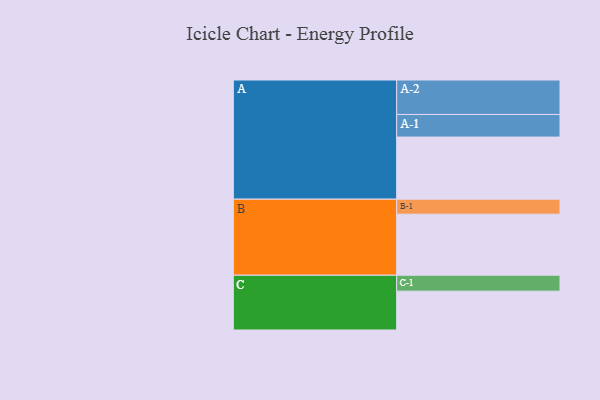
{"axis": {"x": "Segment", "y": "Value"}, "legend": ["", "A", "B", "C"], "data": [{"x": "A", "y": 481, "type": ""}, {"x": "B", "y": 473, "type": ""}, {"x": "C", "y": 301, "type": ""}, {"x": "A-1", "y": 175, "type": "A"}, {"x": "A-2", "y": 267, "type": "A"}, {"x": "B-1", "y": 116, "type": "B"}, {"x": "C-1", "y": 123, "type": "C"}]}